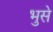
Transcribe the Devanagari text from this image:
भुसे